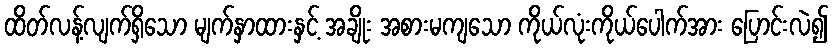
ထိတ်လန့်လျက်ရှိသော မျက်နှာထားနှင့် အချိုး အစားမကျသော ကိုယ်လုံးကိုယ်ပေါက်အား ပြောင်းလဲ၍